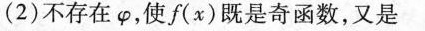
(2)不存在\varphi ，使f(x)既是奇函数，又是